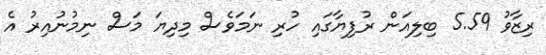
ރިޒާވު 5.59 ބިލިއަން ރުފިޔާގައި ހުރި ނަމަވެސް މިދިޔަ މަސް ނިމުނުއިރު އެ